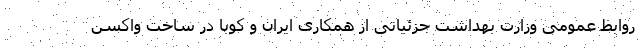
روابط عمومی وزارت بهداشت جزئیاتی از همکاری ایران و کوبا در ساخت واکسن